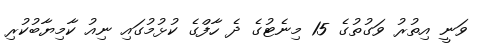
ވަނީ އިތުރު ވަގުތުގެ 15 މިނެޓުގެ ދެ ހާފްގެ ކުޅުމުގައި ނިއު ކާމިޔާބުކުރި